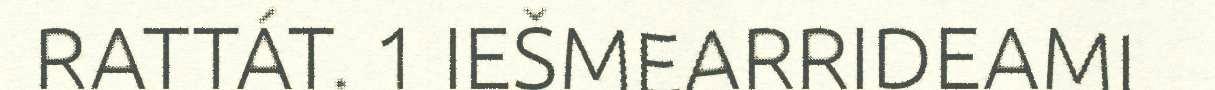
RATTÁT. 1 IEŠMEARRIDEAMI